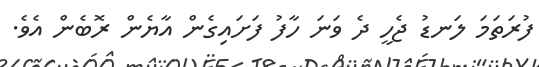
ފުރަތަމަ ލަނޑު ޖެހީ ދެ ވަނަ ހާފު ފަށައިގެން އާޔެން ރޮބެން އެވެ.